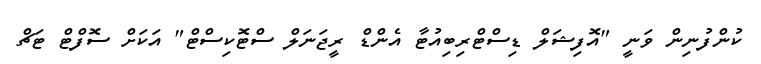
ކުންފުނިން ވަނީ "އޮފިޝަލް ޑިސްޓްރިބިއުޓާ އެންޑް ރީޖަނަލް ސްޓޮކިސްޓް" އަކަށް ސޮފްޓް ޓަޗް